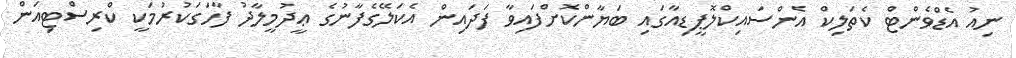
ނިއު އެޑްވެންޓް ކެތަލިކް އެންސައިކްލޮޕީޑިއާގައި ބަޔާންކޮށްފައިވާ ފަދައިން އެކަލޭގެފާނުގެ ޢީދުމީލާދު ފާހަގަކުރުމަކީ ކްރިސްޓިއަން